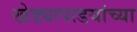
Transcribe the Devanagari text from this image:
खेड्यापाडयांच्या